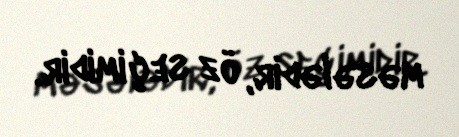
məsələdir, öz seçimidir.